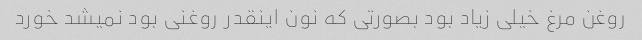
روغن مرغ خیلی زیاد بود بصورتی که نون اینقدر روغنی بود نمیشد خورد